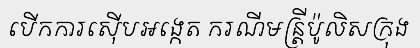
បើកការស៊ើបអង្កេត ករណីមន្ត្រីប៉ូលិសក្រុង